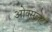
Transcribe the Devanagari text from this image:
ओक्सलेट